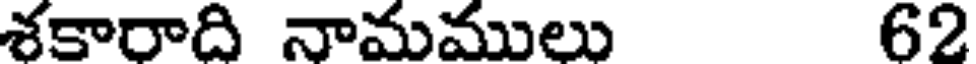
శకారాది నామములు 62